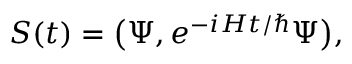
{ \cal S } ( t ) = \big ( \Psi , e ^ { - i H t / \hbar } \Psi \big ) ,